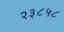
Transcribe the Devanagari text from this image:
२३८५८